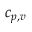
c _ { p , v }